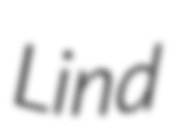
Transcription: Lind